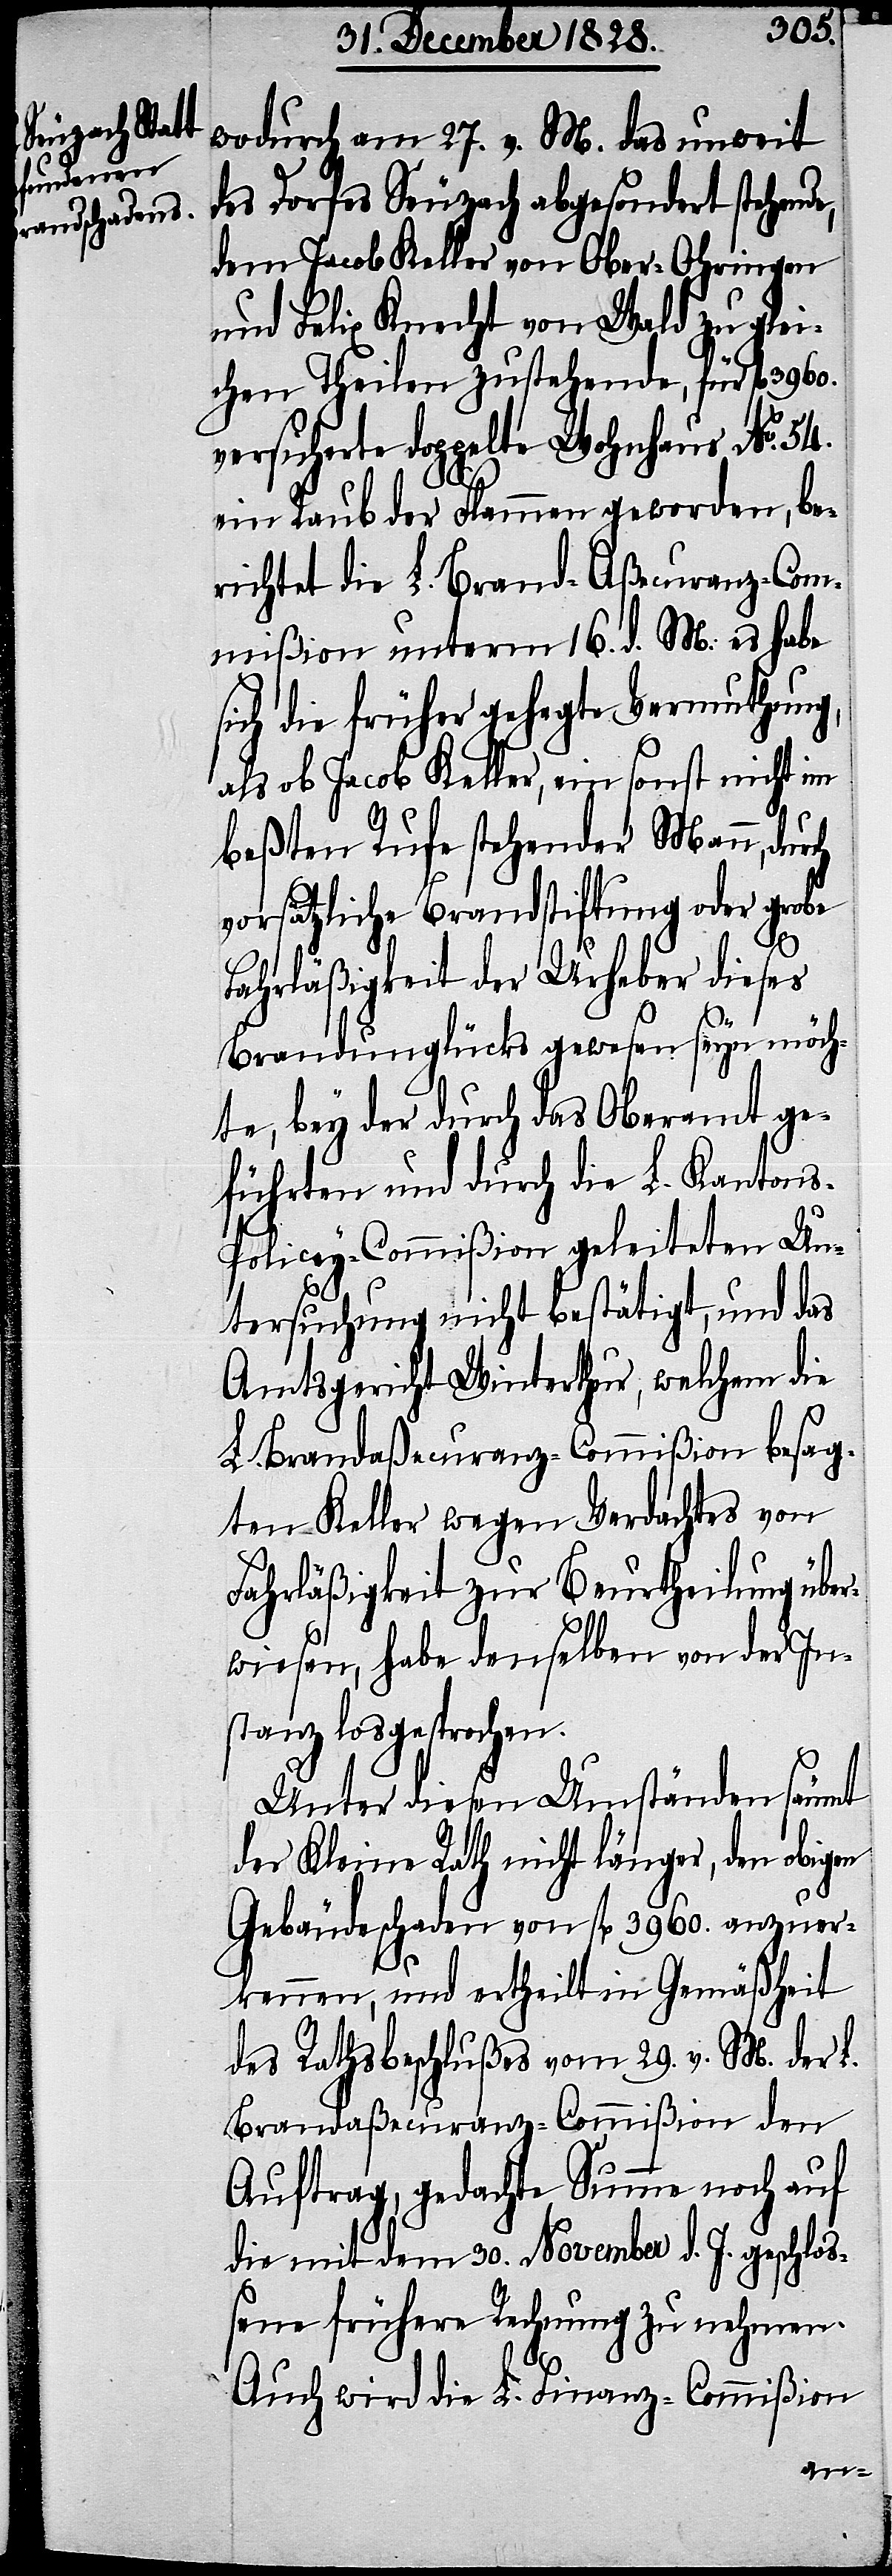
wodurch am 27. v. M. das unweit
des Dorfes Seuzach abgesondert stehend¬
dem Jacob Keller von Ober-Ohringen
und Felix Knecht von Wald zu glei¬
chen Theilen zustehende, für fl.
versicherte doppelte Wohnhaus No. 54.
ein Raub der Flammen geworden, be¬
richtet die L. Brand-Aßecuranz-Com¬
mißion unterm 16. d. M: es habe
sich die früher gehegte Vermuthung,
als ob Jacob Keller, ein sonst nicht im
beßten Rufe stehender Mann, dur¬
vorsätzliche Brandstiftung oder grobe
ch
Fahrläßigkeit der Urheber dieses
Brandunglücks gewesen seyn möch¬
te, bey der durch das Oberamt ge¬
führten und durch die L. Kanton¬
s-Policey-Commißion geleiteten Un¬
tersuchung nicht bestätigt, und das
Amtsgericht Winterthur, welchem die
L. Brandaßecuranz-Commißion besag¬
ten Keller wegen Verdachtes von
Fahrläßigkeit zur Beurtheilung übe¬
rwiesen, habe denselben von der In¬
stanz losgesprochen.
Unter diesen Umständen säumt
der Kleine Rath nicht länger, den obigen
Gebäudeschaden von fl. 3960. anzuer¬
kennen, und ertheilt in Gemäßheit
des Rathsbeschlußes vom 29. v. M. der L.
Brandaßecuranz-Commißion den
Auftrag, gedachte Summe noch auf
die mit dem 30. November d. J. geschloß¬
ene frühere Rechnung zu nehmen.
Auch wird die L. Finanz-Commißion